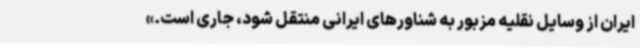
ایران از وسایل نقلیه مزبور به شناورهای ایرانی منتقل شود، جاری است.»